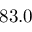
8 3 . 0